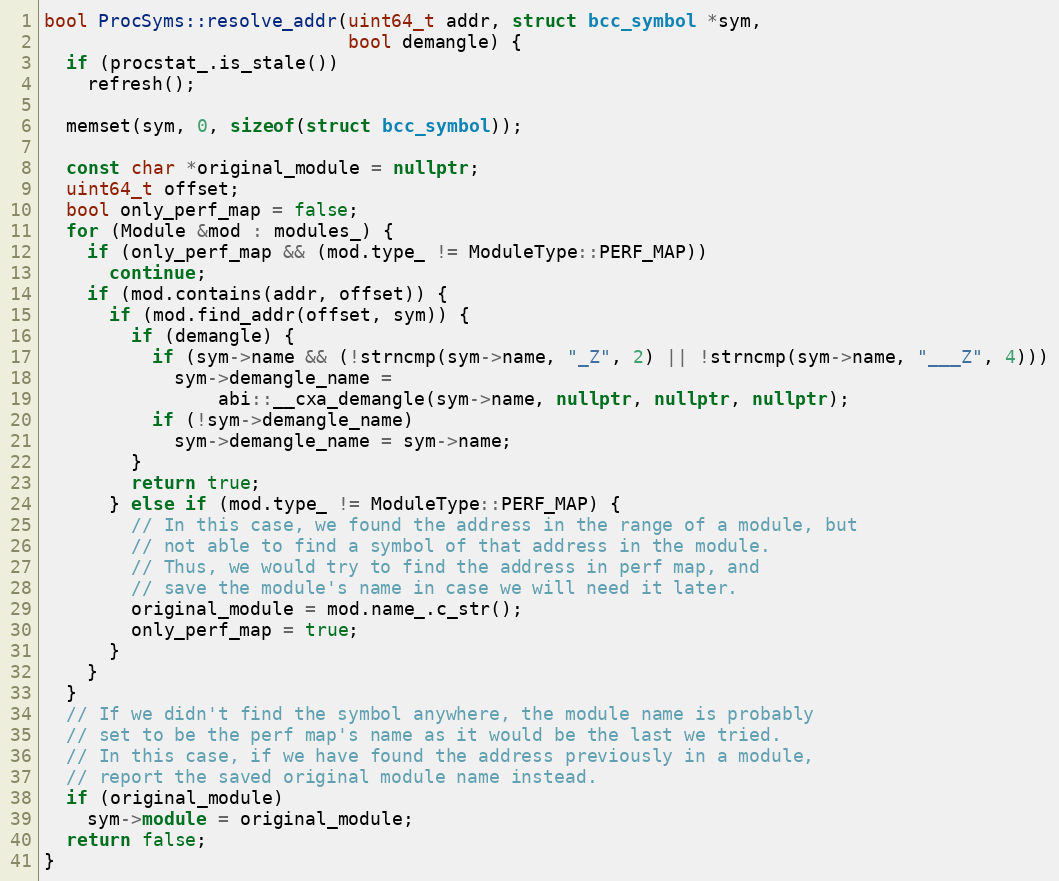
Language: C++
bool ProcSyms::resolve_addr(uint64_t addr, struct bcc_symbol *sym,
                            bool demangle) {
  if (procstat_.is_stale())
    refresh();

  memset(sym, 0, sizeof(struct bcc_symbol));

  const char *original_module = nullptr;
  uint64_t offset;
  bool only_perf_map = false;
  for (Module &mod : modules_) {
    if (only_perf_map && (mod.type_ != ModuleType::PERF_MAP))
      continue;
    if (mod.contains(addr, offset)) {
      if (mod.find_addr(offset, sym)) {
        if (demangle) {
          if (sym->name && (!strncmp(sym->name, "_Z", 2) || !strncmp(sym->name, "___Z", 4)))
            sym->demangle_name =
                abi::__cxa_demangle(sym->name, nullptr, nullptr, nullptr);
          if (!sym->demangle_name)
            sym->demangle_name = sym->name;
        }
        return true;
      } else if (mod.type_ != ModuleType::PERF_MAP) {
        // In this case, we found the address in the range of a module, but
        // not able to find a symbol of that address in the module.
        // Thus, we would try to find the address in perf map, and
        // save the module's name in case we will need it later.
        original_module = mod.name_.c_str();
        only_perf_map = true;
      }
    }
  }
  // If we didn't find the symbol anywhere, the module name is probably
  // set to be the perf map's name as it would be the last we tried.
  // In this case, if we have found the address previously in a module,
  // report the saved original module name instead.
  if (original_module)
    sym->module = original_module;
  return false;
}